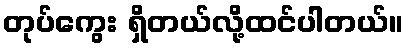
တုပ်ကွေး ရှိတယ်လို့ထင်ပါတယ်။